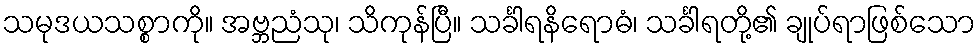
သမုဒယသစ္စာကို။ အဗ္ဘညံသု၊ သိကုန်ပြီ။ သင်္ခါရနိရောဓံ၊ သင်္ခါရတို့၏ ချုပ်ရာဖြစ်သော